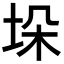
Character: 垛